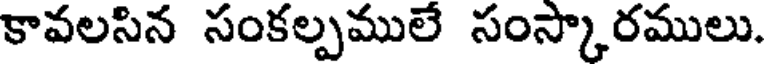
కావలసిన సంకల్పములే సంస్కారములు.